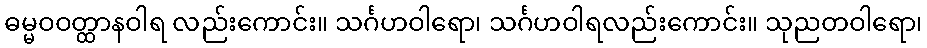
ဓမ္မဝဝတ္ထာနဝါရ လည်းကောင်း။ သင်္ဂဟဝါရော၊ သင်္ဂဟဝါရလည်းကောင်း။ သုညတဝါရော၊